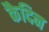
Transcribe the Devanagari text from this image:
कैदिन